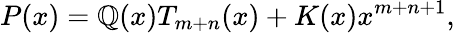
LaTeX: P(x)=\mathbb{Q}(x)T_{m+n}(x)+K(x)x^{m+n+1},